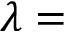
\lambda =